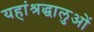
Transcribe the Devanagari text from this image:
यहांश्रद्धालुओं